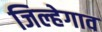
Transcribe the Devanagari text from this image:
जिल्हेगाव